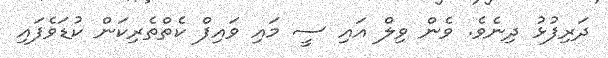
ދަރިފުޅު ދިނެވެ. ވެން ވިލް އައި ސީ މައި ވައިފް ކެތްތެރިކަން ކުޑަވެފައި